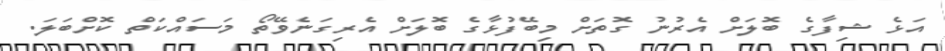
އަޅެ ޝިފާގެ ބޮލަށް އެރުނު ގޮތަށް މިބޭފުޅާގެ ބޮލަށް އެރިގަނެވޭތޯ މަސައްކަތް ކޮށްބަލަ.